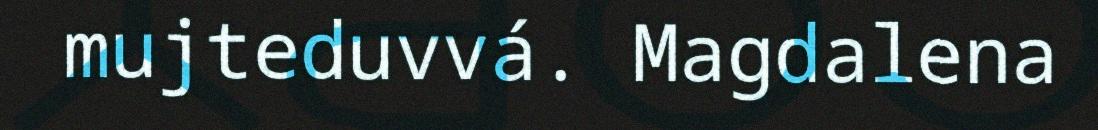
mujteduvvá. Magdalena